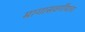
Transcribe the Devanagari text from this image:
मागासवर्गीयांना